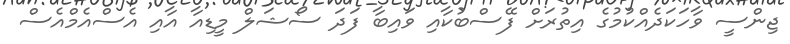
ޖިންސީ ވާހަކަދެއްކުމުގެ އިތުރަށް ފޭސްބުކާއި ވައިބާ ފަދަ ސޯޝަލް މީޑިއާ އާއި އެސްއެމްއެސް